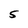
Character: 5